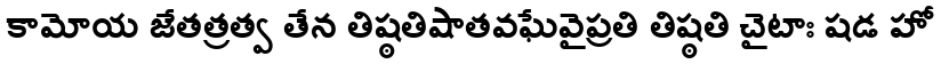
కామోయ జేతత్రత్వ తేన తిష్ఠతిషాతవఘేవైప్రతి తిష్ఠతి చైటాః షడ హో